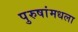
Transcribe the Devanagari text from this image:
पुरुषांमधला